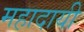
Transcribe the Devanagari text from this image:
महादायी